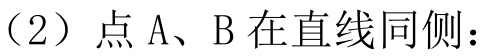
（2）点 A、B 在直线同侧：